Civil Veterinary Dept. Bombay admin report 1893-99 - 1893-1899
Year: 1893
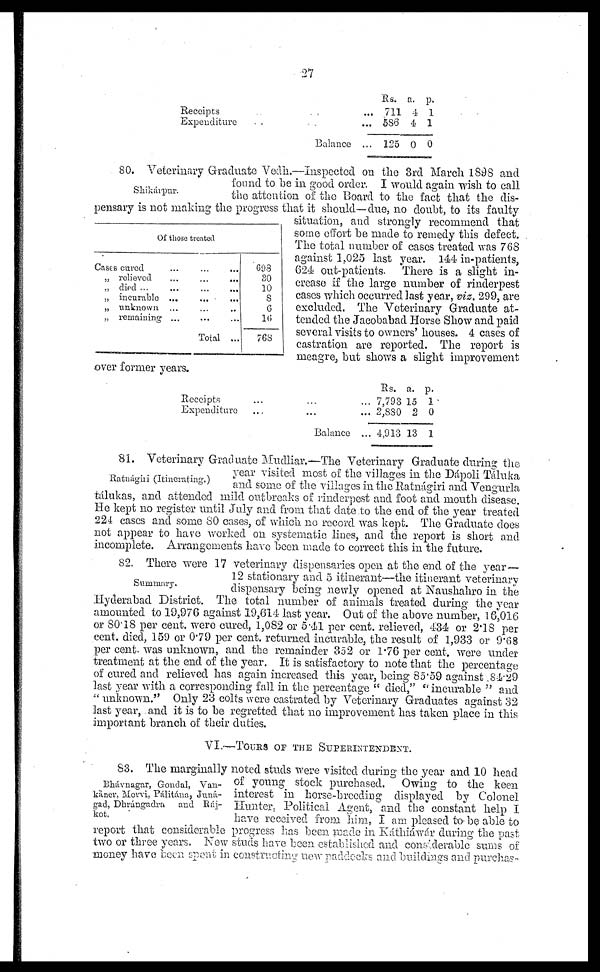
27
Receipts ... ... ...
Expenditure ... ... ...
Balance...
Rs.
711
586
125
a.
4
4
0
p.
1
1
0
Shikárpur.
Of those treated
Cases cured
... ... ...
„ relieved
...
...
...
„
died
...
...
...
...
„ incurable ...
...
...
„ unknown ...
„ remaining
...
...
...
Total ...
698
80
10
8
6
16
768
80. Veterinary Graduate Vedh.—Inspected on the 3rd March 1898 and
found to be in good order. I would again wish to call
the attention of the Board to the fact that the dis-
pensary is not making the progress that it should—due, no doubt, to its faulty
situation, and strongly recommend that
some effort be made to remedy this defect.
The total number of cases treated was 768
against 1,025 last year. 144 in-patients,
624 out-patients. There is a slight in-
crease if the large number of rinderpest
cases which occurred last year, viz. 299, are
excluded. The Veterinary Graduate at-
tended the Jacobabad Horse Show and paid
several visits to owners' houses. 4 cases of
castration are reported. The report is
meagre, but shows a slight improvement
over former years.
Receipts ... ... ...
Expenditure
... ... ...
Balance...
Rs.
7,793
2,880
4,913
a.
15
2
13
p.
1
0
1
Ratnágiri (Itinerating.)
81. Veterinary Graduate Mudliar.—The Veterinary Graduate during the
year visited most of the villages in the Dápoli Táluka
and some of the villages in the Ratnágiri and Vengurla
tálukas, and attended mild outbreaks of rinderpest and foot and mouth disease.
He kept no register until July and from that date to the end of the year treated
224 cases and some 80 cases, of which no record was kept. The Graduate does
not appear to have worked on systematic lines, and the report is short and
incomplete. Arrangements have been made to correct this in the future.
Summary.
82. There were 17 veterinary dispensaries open at the end of the year —
12 stationary and 5 itinerant—the itinerant veterinary
dispensary being newly opened at Naushahro in the
Hyderabad District. The total number of animals treated during the year
amounted to 19,976 against 19,614 last year. Out of the above number, 16,016
or 80.18 per cent. were cured, 1,082 or 5.41 per cent. relieved, 434 or 2.18 per
cent. died, 159 or 0.79 per cent. returned incurable, the result of 1,933 or 9.68
per cent. was unknown, and the remainder 352 or 1.76 per cent. were under
treatment at the end of the year. It is satisfactory to note that the percentage
of cured and relieved has again increased this year, being 85.59 against 84.29
last year with a corresponding fall in the percentage " died," "incurable " and
" unknown." Only 23 colts were castrated by Veterinary Graduates against 32
last year, and it is to be regretted that no improvement has taken place in this
important branch of their duties.
VI.—TOURS OF THE SUPERINTENDENT.
Bhávnagar, Gondal, Van-
káner, Morvi, Pálitána, Juná-
gad, Dhrángadra
and Ráj-
kot.
83. The marginally noted studs were visited during the year and 10 head
of young stock purchased. Owing to the keen
interest in horse -breeding displayed by Colonel
Hunter, Political Agent, and the constant help I
have received from him, I am pleased to be able to
report that considerable progress has been made in Káthiáwár during the past
two or three years. New studs have been established and considerable sums of
money have been spent in constructing new paddocks and buildings and purchas-